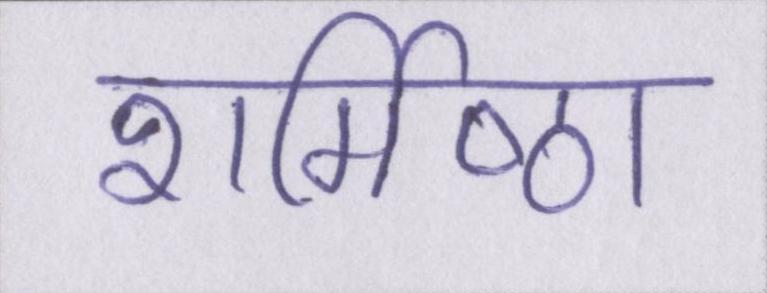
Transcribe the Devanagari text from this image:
शर्मिष्ठा